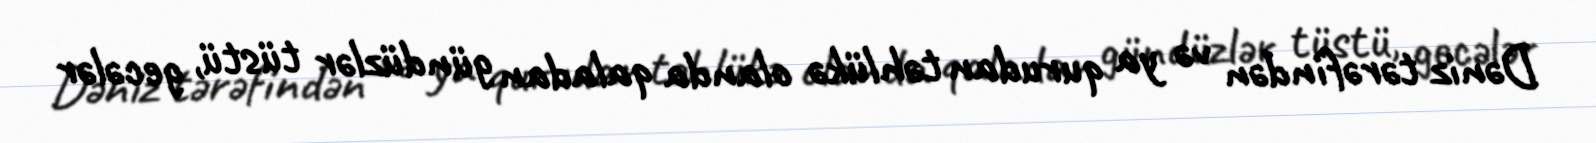
Dəniz tərəfindən və ya qurudan təhlükə olanda qaladan gündüzlər tüstü, gecələr